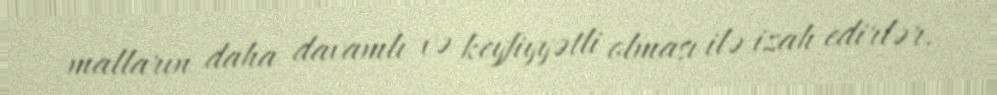
malların daha davamlı və keyfiyyətli olması ilə izah edirlər.